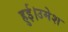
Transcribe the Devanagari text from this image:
हुई।उमेश